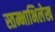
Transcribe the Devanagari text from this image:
स्तम्भाभिलेख